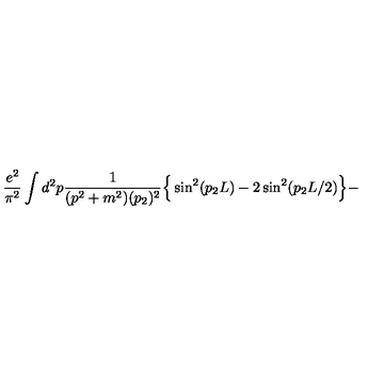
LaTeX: \frac { e ^ { 2 } } { \pi ^ { 2 } } \int d ^ { 2 } p \frac { 1 } { ( p ^ { 2 } + m ^ { 2 } ) ( p _ { 2 } ) ^ { 2 } } \Big \{ \sin ^ { 2 } ( p _ { 2 } L ) - 2 \sin ^ { 2 } ( p _ { 2 } L / 2 ) \Big \} -